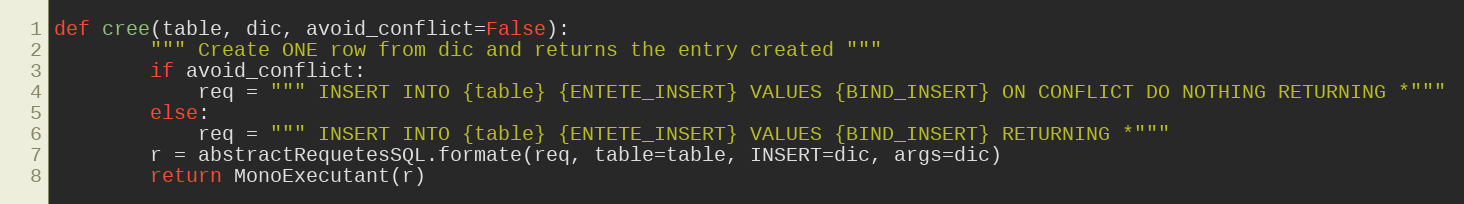
Language: Python
def cree(table, dic, avoid_conflict=False):
        """ Create ONE row from dic and returns the entry created """
        if avoid_conflict:
            req = """ INSERT INTO {table} {ENTETE_INSERT} VALUES {BIND_INSERT} ON CONFLICT DO NOTHING RETURNING *"""
        else:
            req = """ INSERT INTO {table} {ENTETE_INSERT} VALUES {BIND_INSERT} RETURNING *"""
        r = abstractRequetesSQL.formate(req, table=table, INSERT=dic, args=dic)
        return MonoExecutant(r)